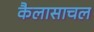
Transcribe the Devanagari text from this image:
कैलासाचल